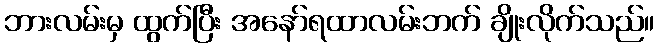
ဘားလမ်းမှ ထွက်ပြီး အနော်ရထာလမ်းဘက် ချိုးလိုက်သည်။